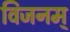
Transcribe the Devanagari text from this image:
विजनम्